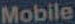
Mobile